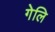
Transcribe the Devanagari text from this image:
गेलि